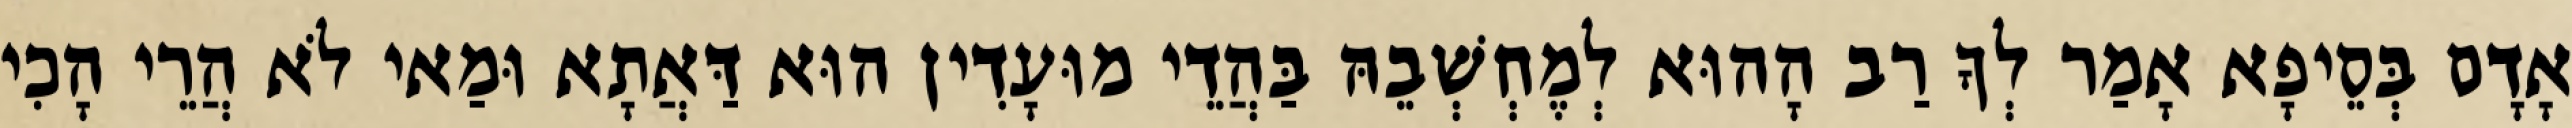
אָדָם בְּסֵיפָא אָמַר לְךָ רַב הָהוּא לְמֶחְשְׁבֵהּ בַּהֲדֵי מוּעָדִין הוּא דַּאֲתָא וּמַאי לֹא הֲרֵי הָכִי